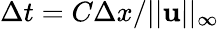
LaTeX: \Delta t=C\Delta x/||{\mathbf{u}}||_{\infty}